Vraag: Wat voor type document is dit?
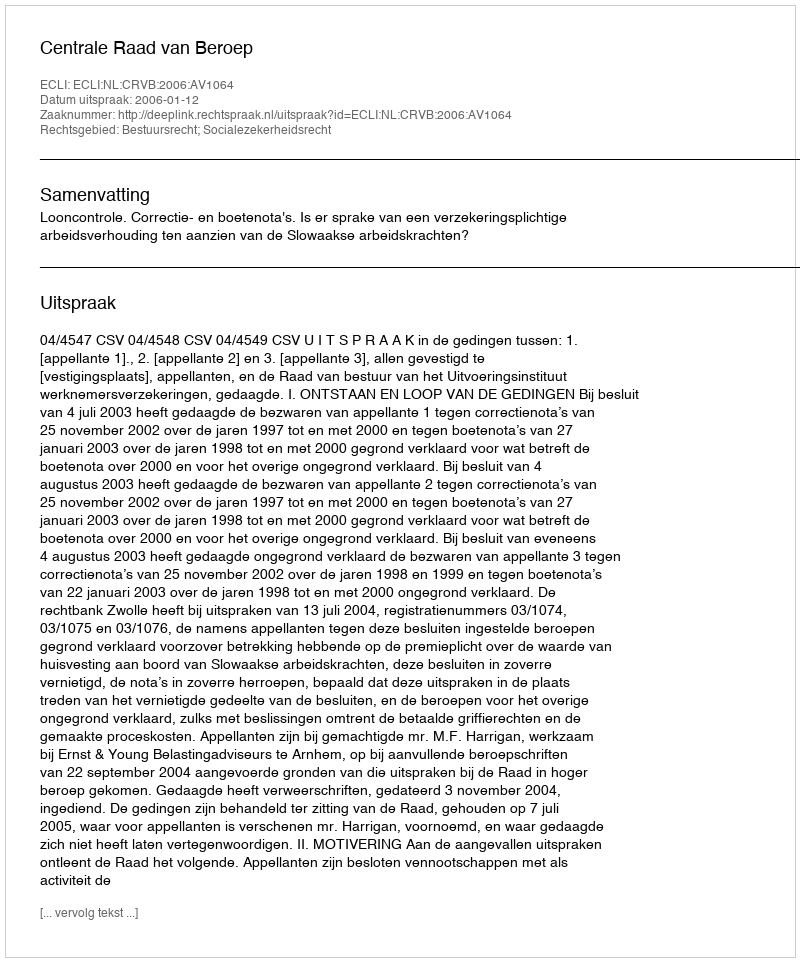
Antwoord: Uitspraak